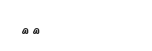
١٩